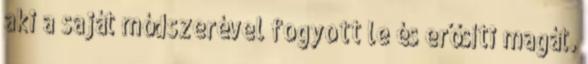
aki a saját módszerével fogyott le és erősíti magát.